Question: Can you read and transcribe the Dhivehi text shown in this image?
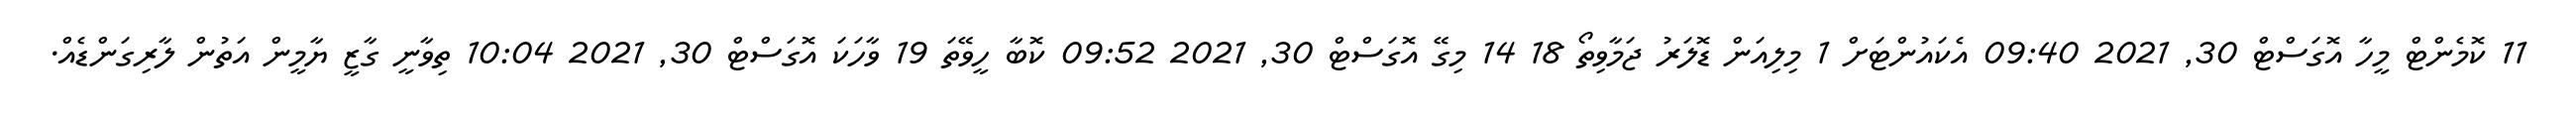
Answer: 11 ކޮމެންޓް މީހާ އޮގަސްޓް 30, 2021 09:40 އެކައުންޓަށް 1 މިލިއަން ޑޮލަރު ޖަމާވިތޯ 18 14 މިގޭ އޮގަސްޓް 30, 2021 09:52 ކޮބާ ހީވޭތަ 19 ވާހަކަ އޮގަސްޓް 30, 2021 10:04 ތިވާނީ ގާޒީ ޔާމީން އަތުން ލާރިގަންޑެއް.